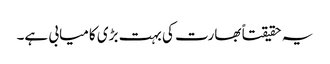
یہ حقیقتاً بھارت کی بہت بڑی کامیابی ہے۔